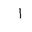
Letter: _alif